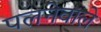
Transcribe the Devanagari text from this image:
पलनेवाले